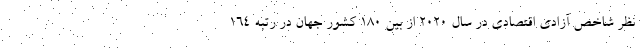
نظر شاخص آزادی اقتصادی در سال ۲۰۲۰ از بین ۱۸۰ کشور جهان در رتبه ۱۶۴